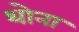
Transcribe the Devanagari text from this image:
थोना